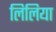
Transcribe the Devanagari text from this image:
लिलिया